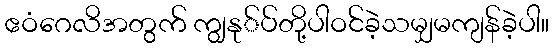
ဧဝံဂေလိအတွက် ကျွနု်ပ်တို့ပါဝင်ခဲ့သမျှမကျန်ခဲ့ပါ။